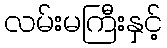
လမ်းမကြီးနှင့်